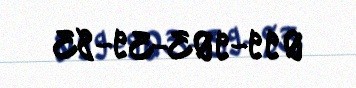
099-903-39-83